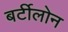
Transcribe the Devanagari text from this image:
बर्टीलोन